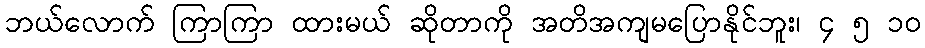
ဘယ်လောက် ကြာကြာ ထားမယ် ဆိုတာကို အတိအကျမပြောနိုင်ဘူး၊ ၄ ၅ ၁၀